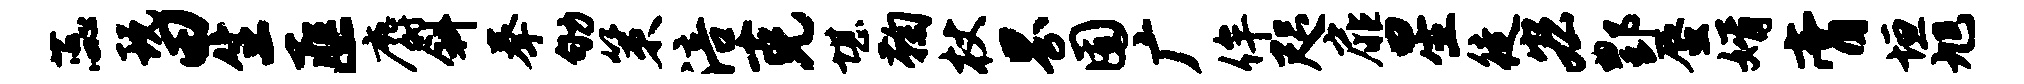
蕊玩田生匪麝斜拳劬策涪克堪鞠杖界囿广侔咫扉星徒宏酆蜃婿膏垣旭